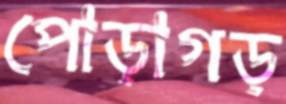
পোড়াগড়